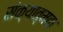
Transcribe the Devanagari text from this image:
संक्यात्मक